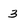
Character: 3